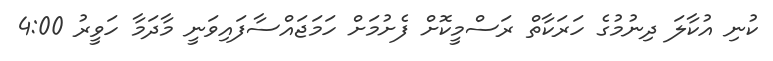
ކުނި އުކާލަ ދިނުމުގެ ހަރަކާތް ރަސްމީކޮށް ފެށުމަށް ހަމަޖައްސާފައިވަނީ މާދަމާ ހަވީރު 4:00